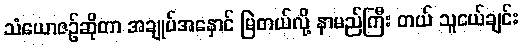
သံယောဇဉ်ဆိုတာ အချုပ်အနှောင် မြဲတယ်လို့ နာမည်ကြီး တယ် သူငယ်ချင်း